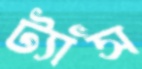
ট্যাঁস